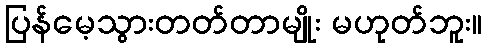
ပြန်မေ့သွားတတ်တာမျိုး မဟုတ်ဘူး။